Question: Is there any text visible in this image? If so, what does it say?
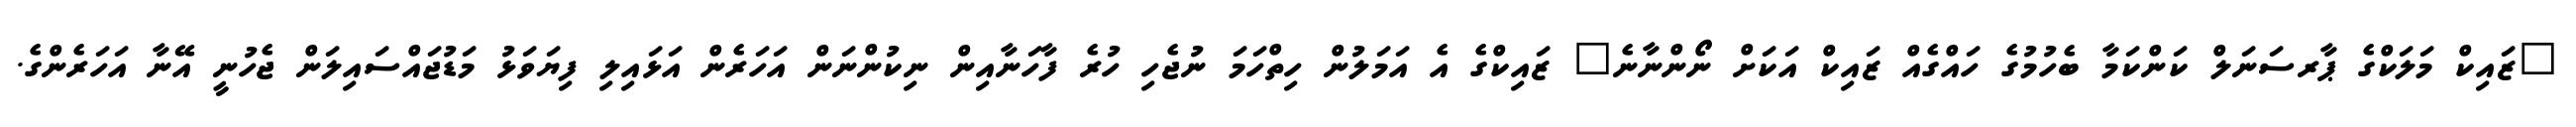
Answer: "ޒައިކް މަލަކްގެ ޕާރސަނަލް ކަންކަމާ ބެހުމުގެ ހައްގެއް ޒައިކް އަކަށް ނޯންނާނެ" ޒައިކްގެ އެ އަމަލުން ހިތްހަމަ ނުޖެހި ހުރެ ފާހަނާއިން ނިކުންނަން އަހަރެން އަޅައިލި ފިޔަވަޅު މަޑުޖައްސައިލަން ޖެހުނީ އޭނާ އަހަރެންގެ.